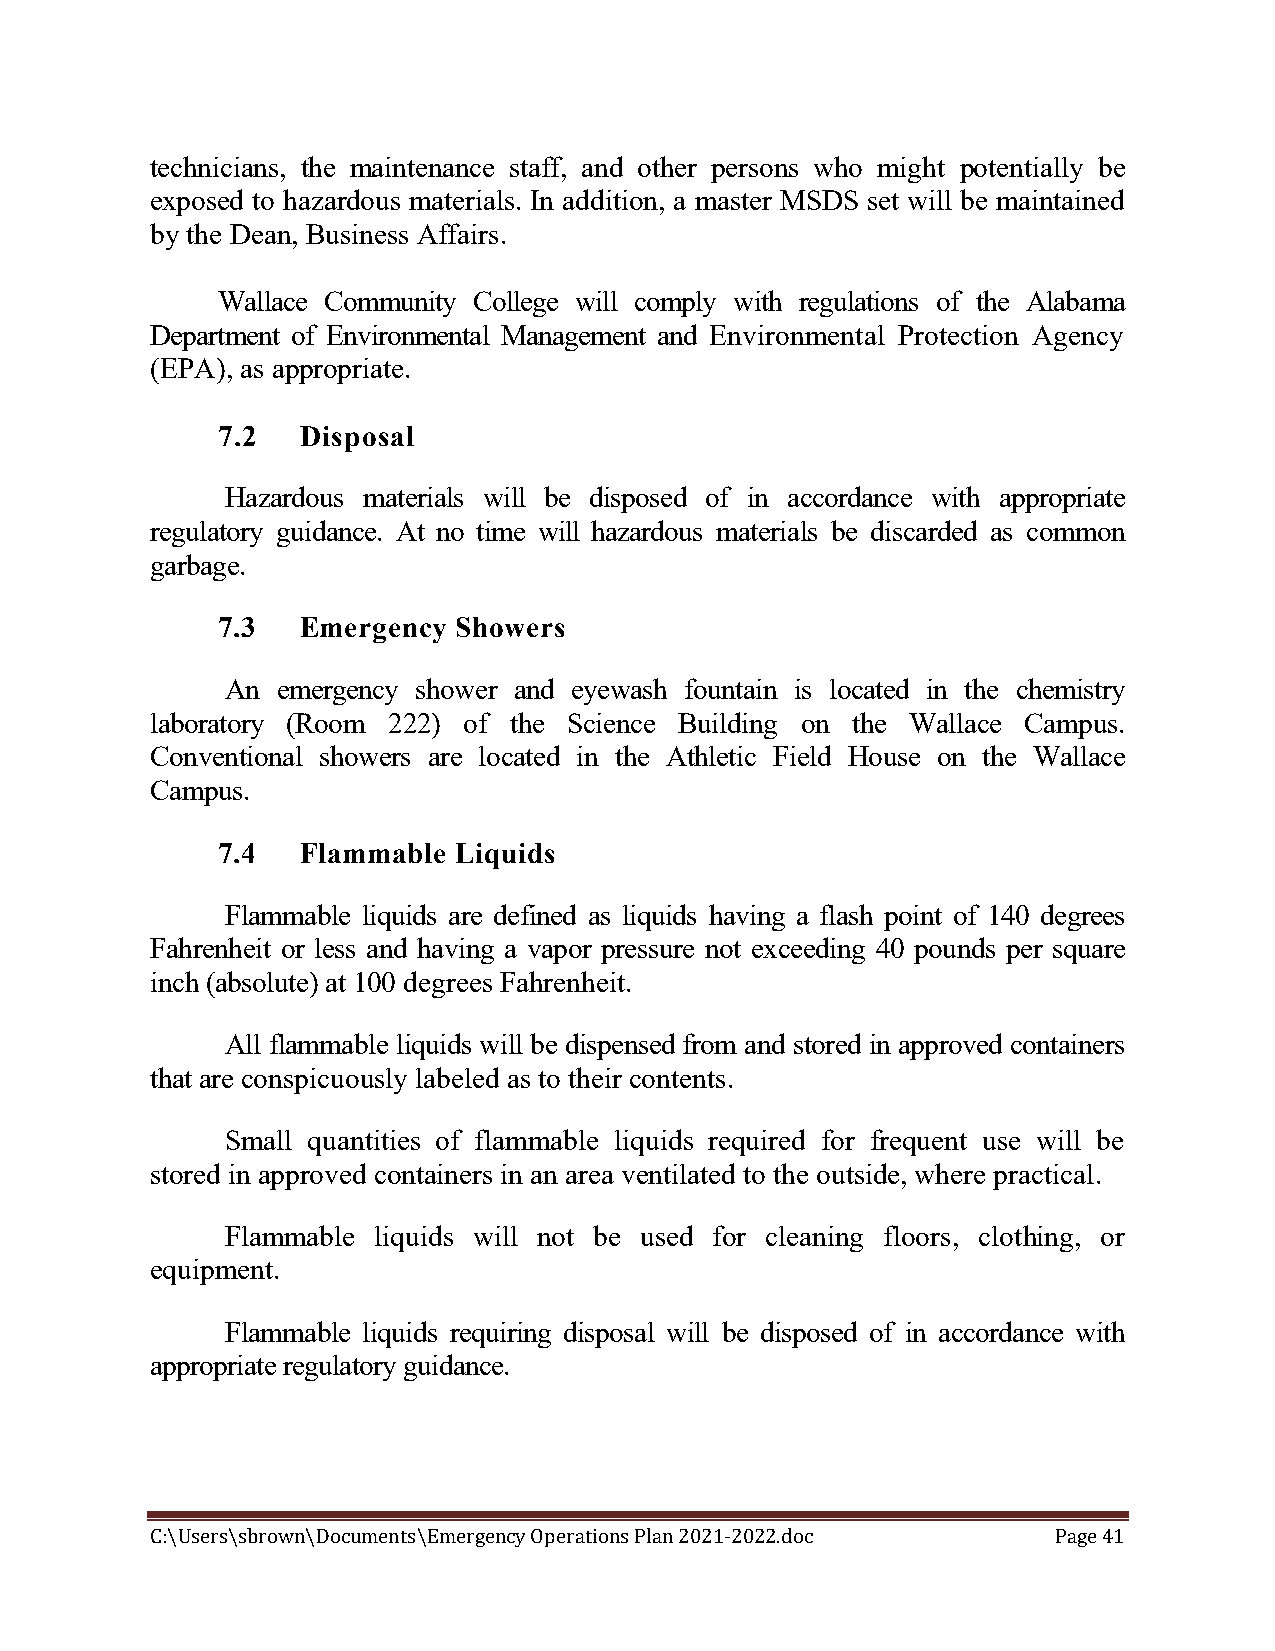
technicians, the maintenance staff, and other persons who might potentially be
 exposed to hazardous materials. In addition, a master MSDS set will be maintained
 by the Dean, Business Affairs.
 Wallace Community College will comply with regulations of the Alabama
 Department of Environmental Management and Environmental Protection Agency
 (EPA), as appropriate.
 7.2   Disposal
 Hazardous materials will be disposed of in accordance with appropriate
 regulatory guidance. At no time will hazardous materials be discarded as common
 garbage.
 7.3   Emergency Showers
 An emergency shower and eyewash fountain is located in the chemistry
 laboratory (Room 222) of the Science Building on the Wallace Campus.
 Conventional showers are located in the Athletic Field House on the Wallace
 Campus.
 7.4   Flammable Liquids
 Flammable liquids are defined as liquids having a flash point of 140 degrees
 Fahrenheit or less and having a vapor pressure not exceeding 40 pounds per square
 inch (absolute) at 100 degrees Fahrenheit.
 All flammable liquids will be dispensed from and stored in approved containers
 that are conspicuously labeled as to their contents.
 Small quantities of flammable liquids required for frequent use will be
 stored in approved containers in an area ventilated to the outside, where practical.
 Flammable liquids will not be used for cleaning floors, clothing, or
 equipment.
 Flammable liquids requiring disposal will be disposed of in accordance with
 appropriate regulatory guidance.
 C:\Users\sbrown\Documents\Emergency Operations Plan 2021-2022.doc Page 41